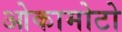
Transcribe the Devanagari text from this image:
ओकामोटो